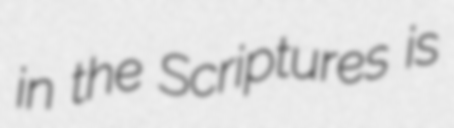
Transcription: in the Scriptures is